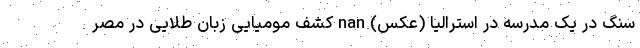
سنگ در یک مدرسه در استرالیا (عکس) nan کشف مومیایی زبان طلایی در مصر